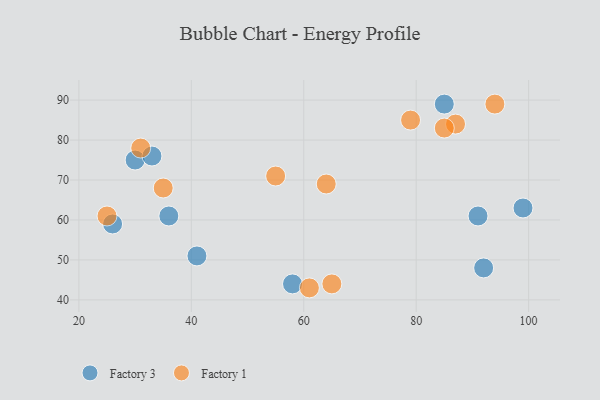
{"axis": {"x": "GDP", "y": "Life Expectancy"}, "legend": ["Factory 1", "Factory 3"], "data": [{"x": "58", "y": 44, "type": "Factory 3"}, {"x": "41", "y": 51, "type": "Factory 3"}, {"x": "30", "y": 75, "type": "Factory 3"}, {"x": "91", "y": 61, "type": "Factory 3"}, {"x": "99", "y": 63, "type": "Factory 3"}, {"x": "85", "y": 89, "type": "Factory 3"}, {"x": "33", "y": 76, "type": "Factory 3"}, {"x": "92", "y": 48, "type": "Factory 3"}, {"x": "26", "y": 59, "type": "Factory 3"}, {"x": "36", "y": 61, "type": "Factory 3"}, {"x": "31", "y": 78, "type": "Factory 1"}, {"x": "61", "y": 43, "type": "Factory 1"}, {"x": "64", "y": 69, "type": "Factory 1"}, {"x": "87", "y": 84, "type": "Factory 1"}, {"x": "85", "y": 83, "type": "Factory 1"}, {"x": "79", "y": 85, "type": "Factory 1"}, {"x": "55", "y": 71, "type": "Factory 1"}, {"x": "65", "y": 44, "type": "Factory 1"}, {"x": "25", "y": 61, "type": "Factory 1"}, {"x": "35", "y": 68, "type": "Factory 1"}, {"x": "94", "y": 89, "type": "Factory 1"}]}